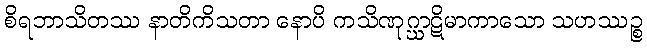
စိရဘာသိတဿ နာတိကိသတာ နောပိ ကသိဏုဂ္ဃာဋိမာကာသော သဟဿဉ္စ